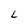
Character: L